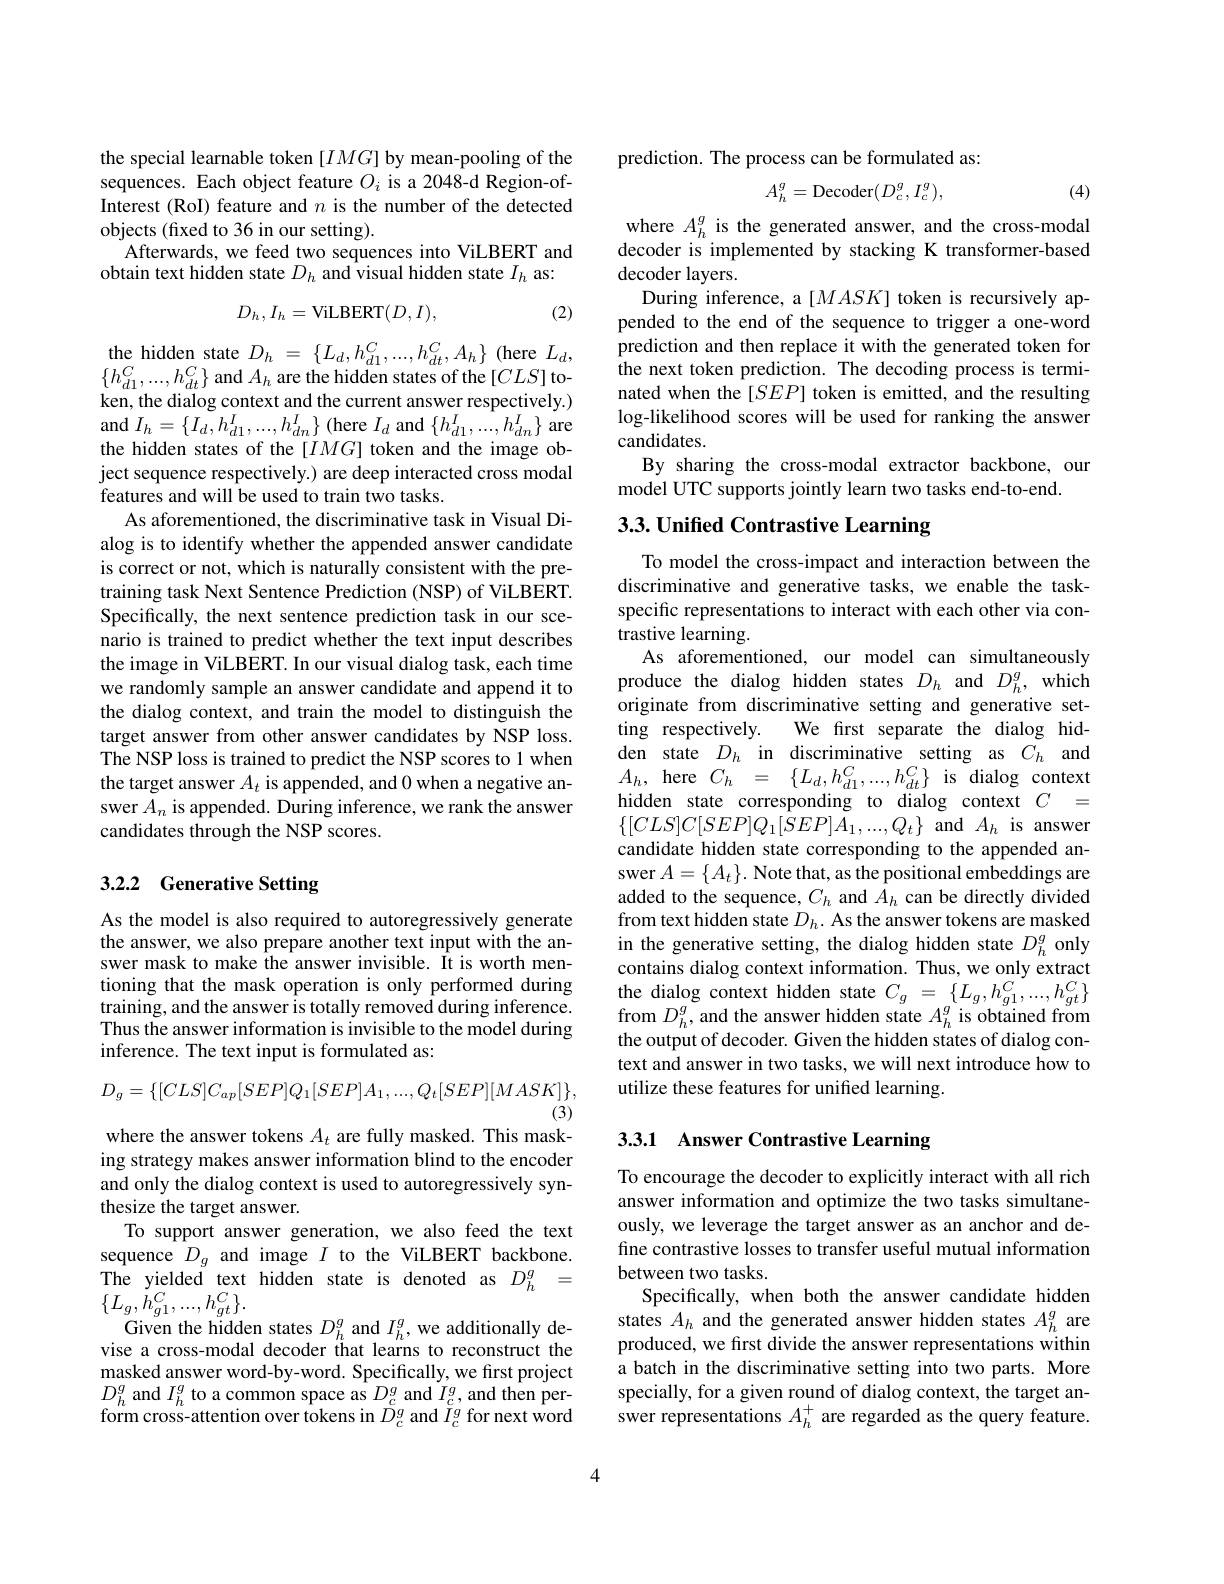
the special learnable token $$ by mean-pooling of the sequences. Each object feature $O_i$ is a 2048-d Region-ofInterest (RoI) feature and $n$ is the number of the detected objects (fixed to 36 in our setting).
Afterwards, we feed two sequences into ViLBERT and
obtain text hidden state $D_h$ and visual hidden state $I_h$ as:
$$D_h,I_h=\mathrm{ViLBERT}(D,I),$$
(2)

the hidden state
(here $L_d$,
$$D_{h}\:=\:\{L_{d},h_{d1}^{C},...,h_{dt}^{C},A_{h}\}$$
$\{h_{d1}^{C},...,h_{dt}^{C}\}$ and $A_h$ are the hidden states of the [$CLS]$ token, the dialog context and the current answer respectively.) and $I_{h}= \{ I_{d}, h_{d1}^{I}, . . . , h_{dn}^{I}\}$(here $I_d$ and$\{h_d1^{I},...,h_{dn}^{I}\}$ are the hidden states of the $$ token and the image object sequence respectively.) are deep interacted cross modal features and will be used to train two tasks.
As aforementioned, the discriminative task in Visual Dialog is to identify whether the appended answer candidate is correct or not, which is naturally consistent with the pretraining task Next Sentence Prediction (NSP) of ViLBERT. Specifically, the next sentence prediction task in our scenario is trained to predict whether the text input describes the image in ViLBERT. In our visual dialog task, each time we randomly sample an answer candidate and append it to the dialog context, and train the model to distinguish the target answer from other answer candidates by NSP loss. The NSP loss is trained to predict the NSP scores to 1 when the target answer $A_t$ is appended, and 0 when a negative answer $A_n$ is appended. During inference, we rank the answer candidates through the NSP scores.

## 3.2.2 Generative Setting

As the model is also required to autoregressively generate the answer, we also prepare another text input with the answer mask to make the answer invisible. Ît is worth mentioning that the mask operation is only performed during training, and the answer is totally removed during inference. Thus the answer information is invisible to the model during inference. The text input is formulated as:
$$D_{g}=\{[CLS]C_{ap}[SEP]Q_{1}[SEP]A_{1},...,Q_{t}[SEP][MASK]\},$$
(3)
where the answer tokens $A_t$ are fully masked. This mask-

ing strategy makes answer information blind to the encoder and only the dialog context is used to autoregressively synthesize the target answer.
To support answer generation, we also feed the text sequence $D_g$ and image $I$ to the ViLBERT backbone. The yielded text hidden state is denoted as $D_{h}^{g}=$ $\{L_{g},\dot{h}_{g1}^{C},...,h_{gt}^{C}\}.$
Given the hidden states $D_h^g$ and $I_h^g$, we additionally devise a cross-modal decoder that learns to reconstruct the masked answer word-by-word. Specifically, we first project $D_{h}^{g}$ and $I_h^{g}$ to a common space as $D_{c}^{g}$ and $I_{c}^{g}$,and then perform cross-attention over tokens in $D_c^g$ and $I_c^g$ for next word

prediction. The process can be formulated as:
$$A_h^g=\text{Decoder}(D_c^g,I_c^g),$$
(4)

where $A_h^{g}$ is the generated answer, and the cross-modal decoder is implemented by stacking K transformer-based decoder layers.
During inference, a $[MASK]$ token is recursively appended to the end of the sequence to trigger a one-word prediction and then replace it with the generated token for the next token prediction. The decoding process is terminated when the $[SEP]$ token is emitted, and the resulting log-likelihood scores will be used for ranking the answer candidates.
By sharing the cross-modal extractor backbone, our
model UTC supports jointly learn two tasks end-to-end.

# 3.3. Unified Contrastive Learning

To model the cross-impact and interaction between the discriminative and generative tasks, we enable the taskspecific representations to interact with each other via con- $\hat{\text{trastive learning}}.$
As aforementioned, our model can simultaneously produce the dialog hidden states $D_h$ and $D_h^g$, which originate from discriminative setting and generative setting respectively.
We first separate the dialog hid-
den state $D_h$ in discriminative setting as $C_h$ and $A_{h}$, here $C_h={\{L_d,h_{d1}^C,...,h_{dt}^C\}}$ is dialog context hidden state corresponding to dialog context $C$ = $\{[CLS]C[SEP]Q_{1}[SEP]A_{1},...,Q_{t}\}$ and $A_h$ is answer candidate hidden state corresponding to the appended answer $A=\{A_{t}\}.$ Note that, as the positional embeddings are added to the sequence, $C_h$ and $A_h$ can be directly divided from text hidden state $D_h.$ As the answer tokens are masked in the generative setting, the dialog hidden state $D_h^g$ only contains dialog context information. Thus, we only extract $\begin{array}{l}{\mathrm{the~dialog~context~hidden~state~}C_{g}~=~\{L_{g},h_{g1}^{C},\ldots,h_{gt}^{C}\}}\\{\mathrm{from~}D_{h}^{g},\mathrm{~and~the~answer~hidden~state~}A_{h}^{g}~\mathrm{is~obtained~from}}\end{array}$ the output of decoder. Given the hidden states of dialog context and answer in two tasks, we will next introduce how to utilize these features for unified learning.

# 3.3.1 Answer Contrastive Learning

To encourage the decoder to explicitly interact with all rich answer information and optimize the two tasks simultaneously, we leverage the target answer as an anchor and define contrastive losses to transfer useful mutual information between two tasks.
Specifically, when both the answer candidate hidden states $A_h$ and the generated answer hidden states $A_h^g$ are produced, we first divide the answer representations within a batch in the discriminative setting into two parts. More specially, for a given round of dialog context, the target answer representations $A_h^+$ are regarded as the query feature.

4